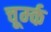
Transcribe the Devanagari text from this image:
चूर्म्क